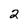
Character: 2